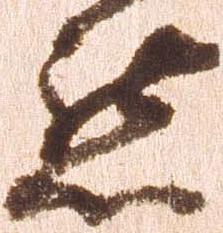
懇